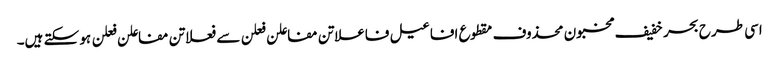
اسی طرح بحر خفیف مخبون محذوف مقطوع افاعیل فاعلاتن مفاعلن فعلن سے فعلاتن مفاعلن فعلن ہو سکتے ہیں۔